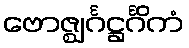
ဗောဇ္ဈင်္ဂဋ္ဌင်္ဂိကံ